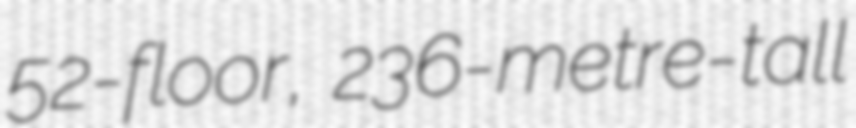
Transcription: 52-floor, 236-metre-tall